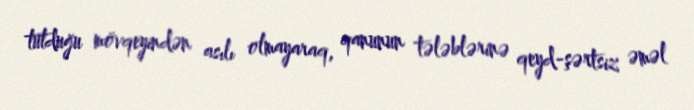
tutduğu mövqeyindən asılı olmayaraq, qanunun tələblərinə qeyd-şərtsiz əməl